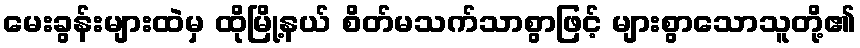
မေးခွန်းများထဲမှ ထိုမြို့နယ် စိတ်မသက်သာစွာဖြင့် များစွာသောသူတို့၏